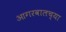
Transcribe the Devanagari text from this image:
आगरवालच्या